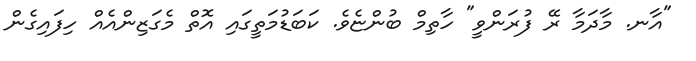
"އާނ. މާދަމާ ރޭ ފުރަންވީ" ހާތިމް ބުންޏެވެ. ކަބަޑުމަތީގައި އޮތް މެގަޒިންއެއް ހިފައިގެން